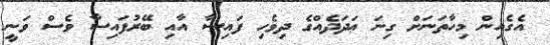
އެގެއިން މިހާތަނަށް ގިނަ ޢަދަދެއްގެ ދިވެހި ފައިސާ އާއި ބޭރުފައިސާ ވެސް ވަނީ